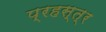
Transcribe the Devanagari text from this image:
प्रहस्त्र